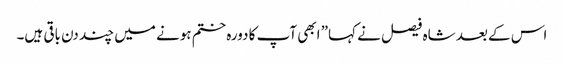
اس کے بعد شاہ فیصل نے کہا” ابھی آپ کا دورہ ختم ہونے میں چند دن باقی ہیں۔